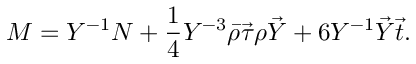
M = Y ^ { - 1 } N + \frac { 1 } { 4 } Y ^ { - 3 } \bar { \rho } \vec { \tau } \rho \vec { Y } + 6 Y ^ { - 1 } \vec { Y } \vec { t } .